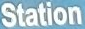
Station